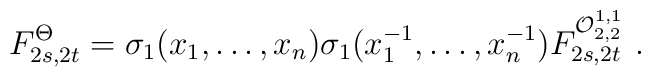
F_{2s,2t}^{\Theta }=\sigma _{1}(x_{1},\ldots ,x_{n})\sigma_{1}(x_{1}^{-1},\ldots ,x_{n}^{-1})F_{2s,2t}^{{\cal O}_{2,2}^{1,1}}\,\,.